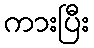
ကားပြီး